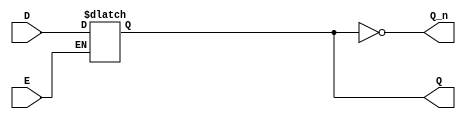
module async_gated_latch (
    input wire D,       // Data input
    input wire E,       // Enable signal
    output reg Q,       // Output
    output wire Q_n     // Complement of the output
);

// Invert the output for Q'
assign Q_n = ~Q;

// Always block triggered by changes in D or E
always @(*) begin
    if (E) begin
        // When Enable is high, latch follows the Data input
        Q = D;
    end
    // When Enable is low, Q holds its last state (retains previous value)
end

endmodule